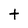
Character: t